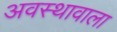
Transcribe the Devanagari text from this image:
अवस्थावाला